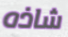
شاذه